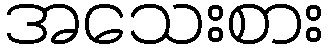
အသေးစား